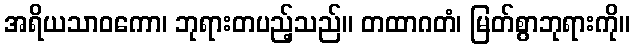
အရိယသာဝကော၊ ဘုရားတပည့်သည်။ တထာဂတံ၊ မြတ်စွာဘုရားကို။